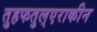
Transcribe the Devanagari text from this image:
तुहफतुल्एराकीन